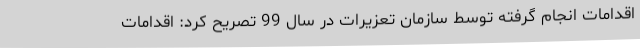
اقدامات انجام گرفته توسط سازمان تعزیرات در سال 99 تصریح کرد: اقدامات